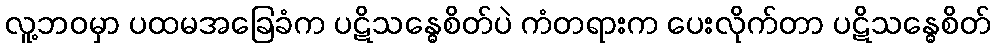
လူ့ဘဝမှာ ပထမအခြေခံက ပဋိသန္ဓေစိတ်ပဲ ကံတရားက ပေးလိုက်တာ ပဋိသန္ဓေစိတ်